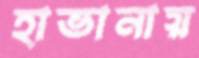
হাভানায়